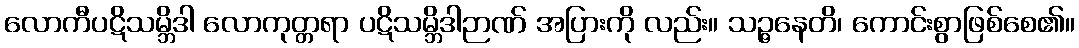
လောကီပဋိသမ္ဘိဒါ လောကုတ္တရာ ပဋိသမ္ဘိဒါဉာဏ် အပြားကို လည်း။ သဉ္ဇနေတိ၊ ကောင်းစွာဖြစ်စေ၏။